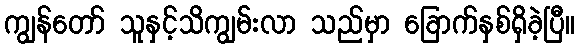
ကျွန်တော် သူနှင့်သိကျွမ်းလာ သည်မှာ ခြောက်နှစ်ရှိခဲ့ပြီ။